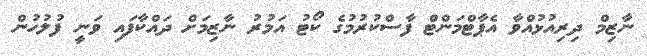
ނާޒިމް ދިރިއުޅުއްވާ އެޕާޓްމަންޓް ފާސްކުރުމުގެ ކޯޓު އަމުރު ނާޒިމަށް ދައްކާފައި ވަނީ ފުލުހުން